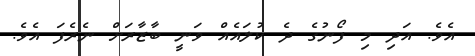
އެވެ. އަދި މި ފޯނުގެ ދެ ކުލައެއް ވަނީ ބާޒާރަށް ނެރެފަ އެވެ.